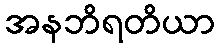
အနဘိရတိယာ